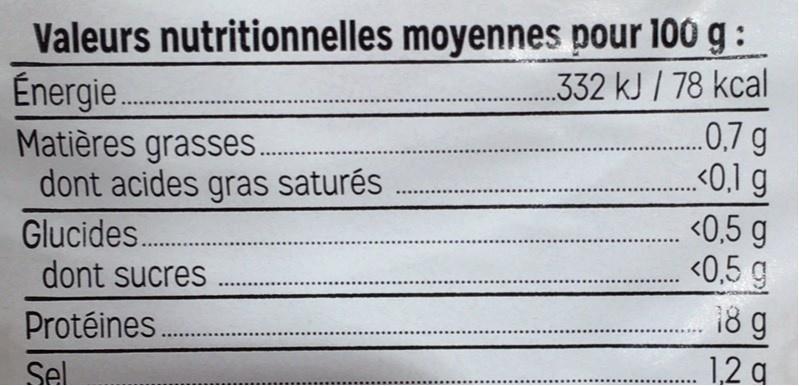
Valeurs nutritionnelles moyennes pour 100 g : Énergie. Matières grasses . dont acides gras saturés
. 332 kJ / 78 kcal .0.7g <0.1 g
Glucides.. dont sucres
<0,5 g <0,5 g 18 g
...
Protéines.
1.2 g
Sel